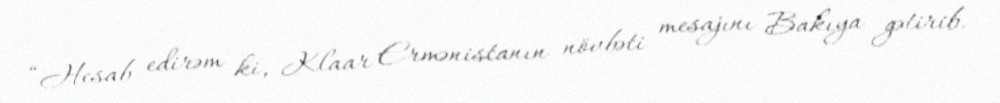
“Hesab edirəm ki, Klaar Ermənistanın növbəti mesajını Bakıya gətirib.